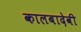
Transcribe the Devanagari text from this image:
कालबादेवी